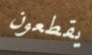
يقطعون